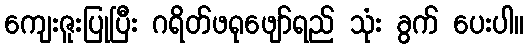
ကျေးဇူးပြုပြီး ဂရိတ်ဖရုဖျော်ရည် သုံး ခွက် ပေးပါ။